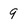
Character: 9